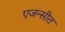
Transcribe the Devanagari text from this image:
एजन्सीत